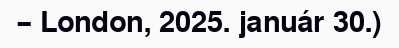
– London, 2025. január 30.)